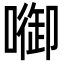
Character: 𭊷